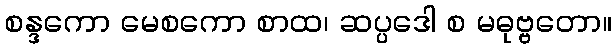
စန္ဒကော မေစကော စာထ၊ ဆပ္ပဒေါ စ မဓုဗ္ဗတော။